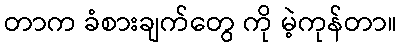
တာက ခံစားချက်တွေ ကို မဲ့ကုန်တာ။